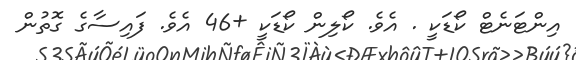
އިންޓަނެޓް ކޯޑަކީ . އެވެ. ކޯލިން ކޯޑަކީ +46 އެވެ. ފައިސާގެ ގޮތުން